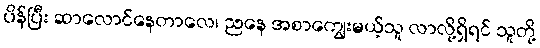
ပိန်ပြီး ဆာလောင်နေတာလေ၊ ညနေ အစာကျွေးမယ့်သူ လာလို့ရှိရင် သူတို့